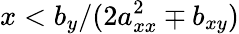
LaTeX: x<b_{y}/(2a_{xx}^{2}\mp b_{xy})